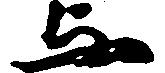
与